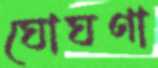
ঘোঘণা